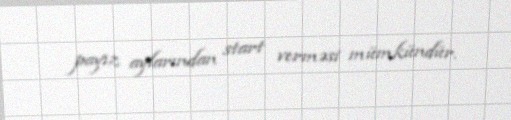
payız aylarından start verməsi mümkündür.